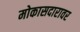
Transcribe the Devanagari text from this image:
मोकासदारावर